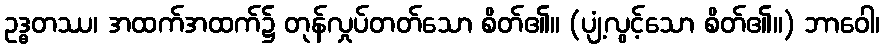
ဥဒ္ဓတဿ၊ အထက်အထက်၌ တုန်လှုပ်တတ်သော စိတ်၏။ (ပျံ့လွင့်သော စိတ်၏။) ဘာဝေါ၊